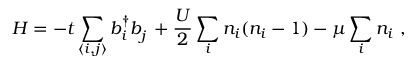
H = - t \sum _ { \langle i , j \rangle } b _ { i } ^ { \dag } b _ { j } ^ { \phantom { \dag } } + \frac { U } { 2 } \sum _ { i } n _ { i } ( n _ { i } - 1 ) - \mu \sum _ { i } n _ { i } \ ,